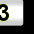
Digit: 3